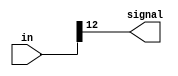
/*
 * Copyright (c) 2024 Ivan Pancheniak
 * SPDX-License-Identifier: Apache-2.0
 */

module signal (
    input wire [12:0] in,
    output wire signal
);

assign signal = in[12];

endmodule